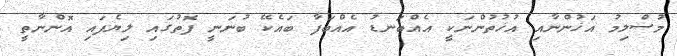
މުސްލިމު އަޚުންނާއި އުޚުތުންނަކީ އެއްބަނޑު އެއްބަފާ ބައެކޭ ބުނަނީ ފޮތުގައި ލިޔެފައި އޮންނާތީ